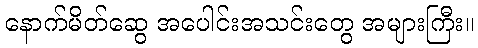
နောက်မိတ်ဆွေ အပေါင်းအသင်းတွေ အများကြီး။